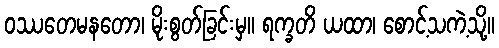
ဝဿတေမနတော၊ မိုးစွတ်ခြင်းမှ။ ရက္ခတိ ယထာ၊ စောင့်သကဲ့သို့။